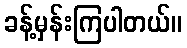
ခန့်မှန်းကြပါတယ်။